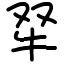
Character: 𤘩